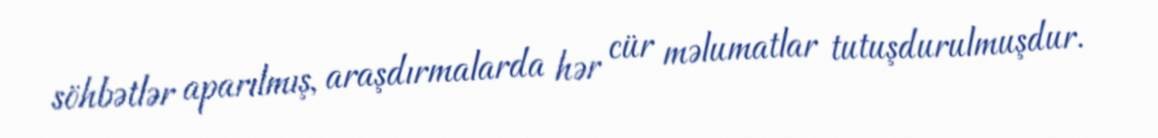
söhbətlər aparılmış, araşdırmalarda hər cür məlumatlar tutuşdurulmuşdur.